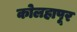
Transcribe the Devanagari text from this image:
कोलहापूर